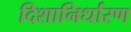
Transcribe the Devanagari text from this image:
दिशानिर्धारण